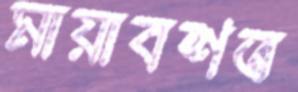
মায়াবশত